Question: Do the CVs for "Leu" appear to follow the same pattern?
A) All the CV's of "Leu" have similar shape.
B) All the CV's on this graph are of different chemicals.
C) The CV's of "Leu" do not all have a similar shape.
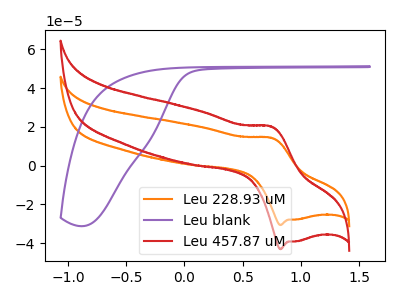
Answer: <think>The orange curve "Leu 228.93 uM" has an anodic peak at (0.75V, 14.30uA) and a cathodic peak at (0.85V, -30.70uA). The purple curve "Leu blank" has no peaks. The red curve "Leu 457.87 uM" has an anodic peak at (0.75V, 20.10uA) and a cathodic peak at (0.85V, -43.15uA).
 "Leu 228.93 uM" and "Leu blank" have a different number of peaks. All the peaks in "Leu 228.93 uM" have a peak in "Leu 457.87 uM" at the same potential. Every peak in "Leu 228.93 uM" is lower than every peak in "Leu 457.87 uM". "Leu blank" and "Leu 457.87 uM" have a different number of peaks.</think>
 <answer>A) All the CV's of "Leu" have similar shape.</answer>
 <eval>A</eval>